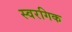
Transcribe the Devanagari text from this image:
स्वरगिक